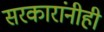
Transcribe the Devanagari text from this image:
सरकारांनीही